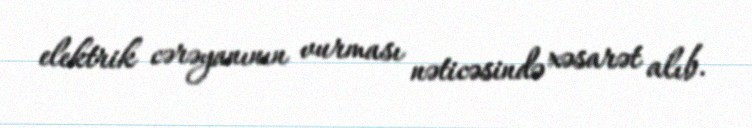
elektrik cərəyanının vurması nəticəsində xəsarət alıb.